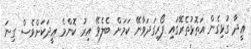
ޢީދާ ގުޅިގެން އަތޮޅުތެރޭގައި ފޯރިގަދަވާނޭ ކަމަށް ބެލެވޭ އިރު ކޮންމެ ޢީދަކަށްވެސް ގިނަ